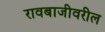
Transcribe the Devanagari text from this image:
रावबाजीवरील